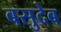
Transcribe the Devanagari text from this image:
बसुदेब